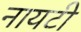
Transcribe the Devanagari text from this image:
नायटी